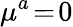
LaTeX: {\mu}^{a}\! =\! 0